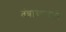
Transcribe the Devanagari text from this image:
तंत्राच्याद्वारे